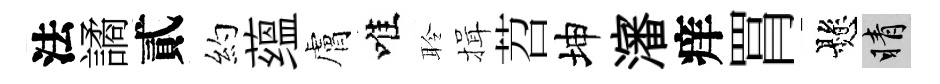
法譎貳約蕴膚唯聆揖苕坤瀋痒罥懸睛